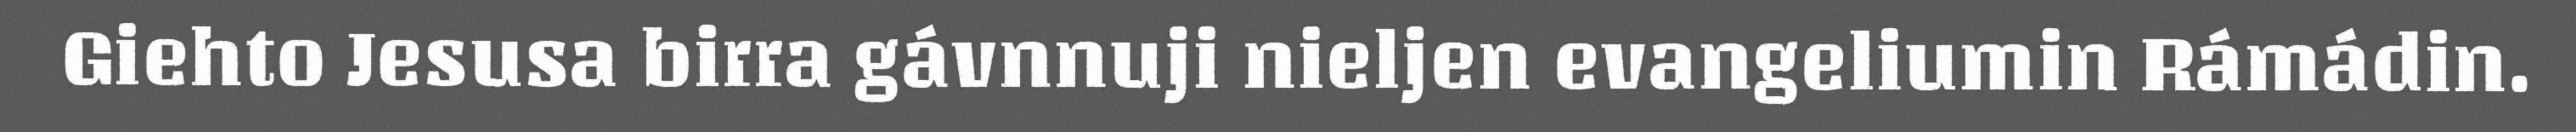
Giehto Jesusa birra gávnnuji nieljen evangeliumin Rámádin.